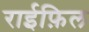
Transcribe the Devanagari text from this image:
राईफ़िल